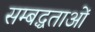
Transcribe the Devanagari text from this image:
सम्बद्धताओं